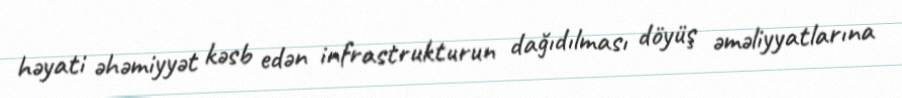
həyati əhəmiyyət kəsb edən infrastrukturun dağıdılması döyüş əməliyyatlarına